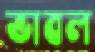
ভাবল